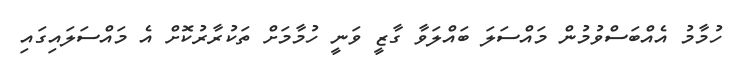
ހުމާމު އެއްބަސްވުމުން މައްސަލަ ބައްލަވާ ގާޒީ ވަނީ ހުމާމަށް ތަކުރާރުކޮށް އެ މައްސަލައިގައި